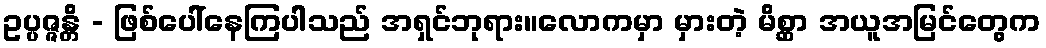
ဥပ္ပဇ္ဇန္တိ - ဖြစ်ပေါ်နေကြပါသည် အရှင်ဘုရား။လောကမှာ မှားတဲ့ မိစ္ဆာ အယူအမြင်တွေက